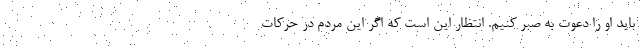
باید او را دعوت به صبر کنیم. انتظار این است که اگر این مردم در حرکات